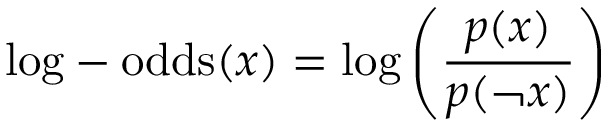
{ \mathrm { l o g - o d d s } } ( x ) = \log \left( { \frac { p ( x ) } { p ( \lnot x ) } } \right)